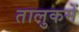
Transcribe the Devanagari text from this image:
तालुकमें